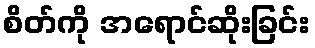
စိတ်ကို အရောင်ဆိုးခြင်း